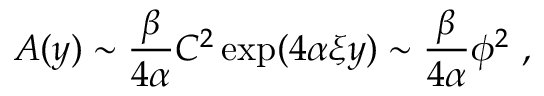
A ( y ) \sim { \frac { \beta } { 4 \alpha } } C ^ { 2 } \exp ( 4 \alpha \xi y ) \sim { \frac { \beta } { 4 \alpha } } \phi ^ { 2 } ~ ,